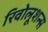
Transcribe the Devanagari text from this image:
रिवोलूशन्स